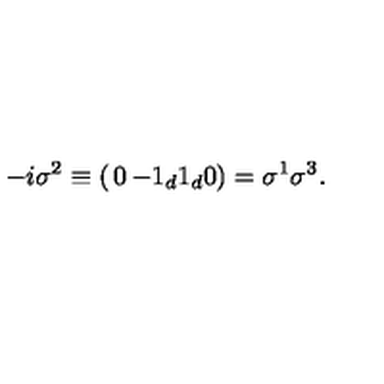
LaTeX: - i \sigma ^ { 2 } \equiv \left( \begin{matrix} { 0 } & { - 1 _ { d } } \\ { 1 _ { d } } & { 0 } \\ \end{matrix} \right) = \sigma ^ { 1 } \sigma ^ { 3 } .